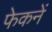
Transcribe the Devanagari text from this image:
फेकनें